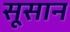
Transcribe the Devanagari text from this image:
सूसान